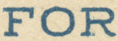
FOR